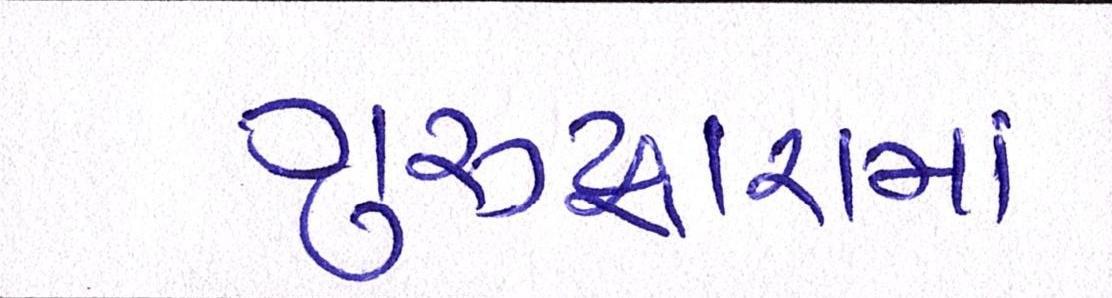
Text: ગુરુદ્વારાનાં